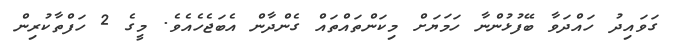
ގަވައިދު ހައްދަވާ ބޭފުޅުންނާ ހަމަޔަށް މިކަންތައްތައް ގެންދާން އެބަޖެހެއެވެ. މީގެ 2 ހަފްތާކުރިން